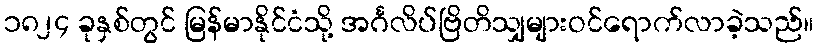
၁၈၂၄ ခုနှစ်တွင် မြန်မာနိုင်ငံသို့ အင်္ဂလိပ်ဗြိတိသျှများဝင်ရောက်လာခဲ့သည်။